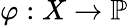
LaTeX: \varphi:X\rightarrow\mathbb{P}